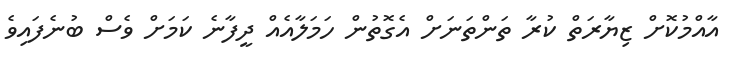
އާއްމުކޮށް ޒިޔާރަތް ކުރާ ތަންތަނަށް އެގޮތުން ހަމަލާއެއް ދީފާނެ ކަމަށް ވެސް ބުނެފައިވެ